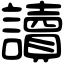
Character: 讀